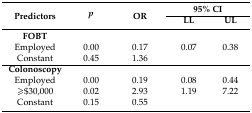
| <ROWSPAN=2> Predictors | <ROWSPAN=2> p | <ROWSPAN=2> OR | <COLSPAN=2> 95% CI |
 | LL | UL |
 | --- | --- | --- | --- | --- |
 | FOBT |  |  |  |  |
 | Employed | 0.00 | 0.17 | 0.07 | 0.38 |
 | Constant | 0.45 | 1.36 |  |  |
 | Colonoscopy |  |  |  |  |
 | Employed | 0.00 | 0.19 | 0.08 | 0.44 |
 | ≥$30,000 | 0.02 | 2.93 | 1.19 | 7.22 |
 | Constant | 0.15 | 0.55 |  |  |